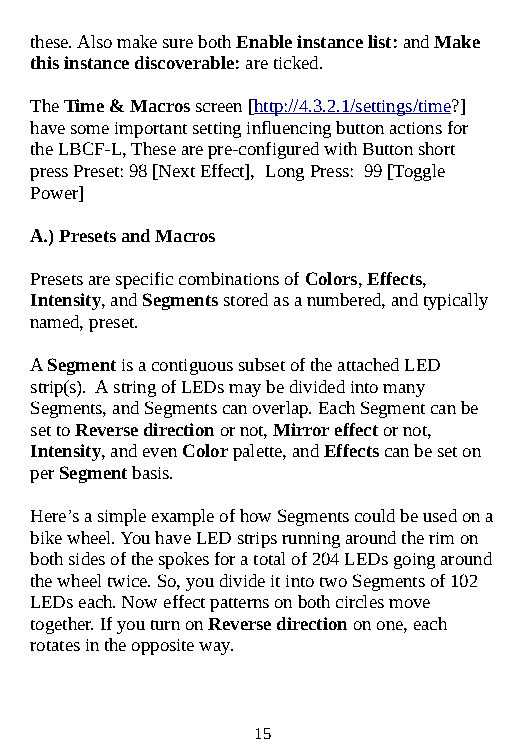
these. Also make sure both Enable instance list: and Make
 this instance discoverable: are ticked.
 The Time & Macros screen [http://4.3.2.1/settings/time?]
 have some important setting influencing button actions for
 the LBCF-L, These are pre-configured with Button short
 press Preset: 98 [Next Effect], Long Press: 99 [Toggle
 Power]
 A.) Presets and Macros
 Presets are specific combinations of Colors, Effects,
 Intensity, and Segments stored as a numbered, and typically
 named, preset.
 A Segment is a contiguous subset of the attached LED
 strip(s). A string of LEDs may be divided into many
 Segments, and Segments can overlap. Each Segment can be
 set to Reverse direction or not, Mirror effect or not,
 Intensity, and even Color palette, and Effects can be set on
 per Segment basis.
 Here’s a simple example of how Segments could be used on a
 bike wheel. You have LED strips running around the rim on
 both sides of the spokes for a total of 204 LEDs going around
 the wheel twice. So, you divide it into two Segments of 102
 LEDs each. Now effect patterns on both circles move
 together. If you turn on Reverse direction on one, each
 rotates in the opposite way.
 15